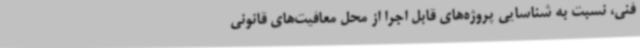
فنی، نسبت به شناسایی پروژه‌های قابل اجرا از محل معافیت‌های قانونی